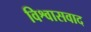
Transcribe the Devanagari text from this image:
विश्वासवाद